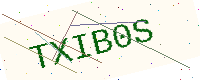
Text: TXIB0S